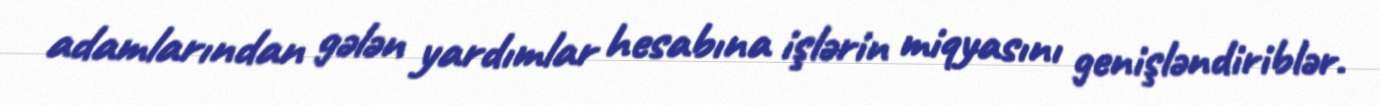
adamlarından gələn yardımlar hesabına işlərin miqyasını genişləndiriblər.